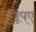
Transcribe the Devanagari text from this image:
रूप्ए